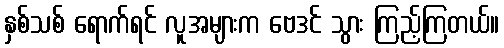
နှစ်သစ် ရောက်ရင် လူအများက ဗေဒင် သွား ကြည့်ကြတယ်။